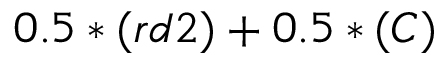
0 . 5 * ( r d 2 ) + 0 . 5 * ( C )